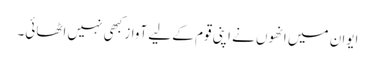
ایوان میں انھوں نے اپنی قوم کے لیے آواز کبھی نہیں اٹھائی۔